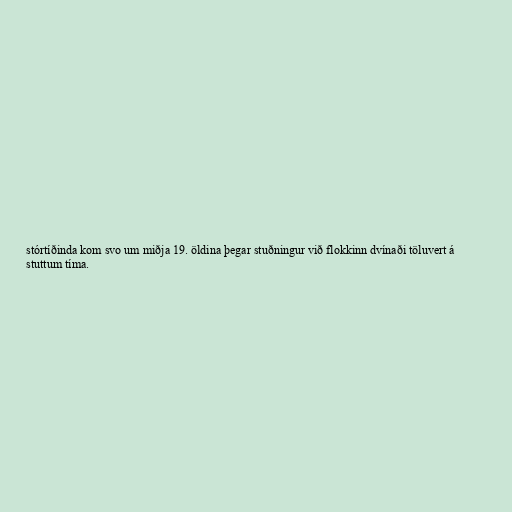
stórtíðinda kom svo um miðja 19. öldina þegar stuðningur við flokkinn dvínaði töluvert á
stuttum tíma.